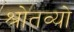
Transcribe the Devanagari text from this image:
श्रोतव्यो